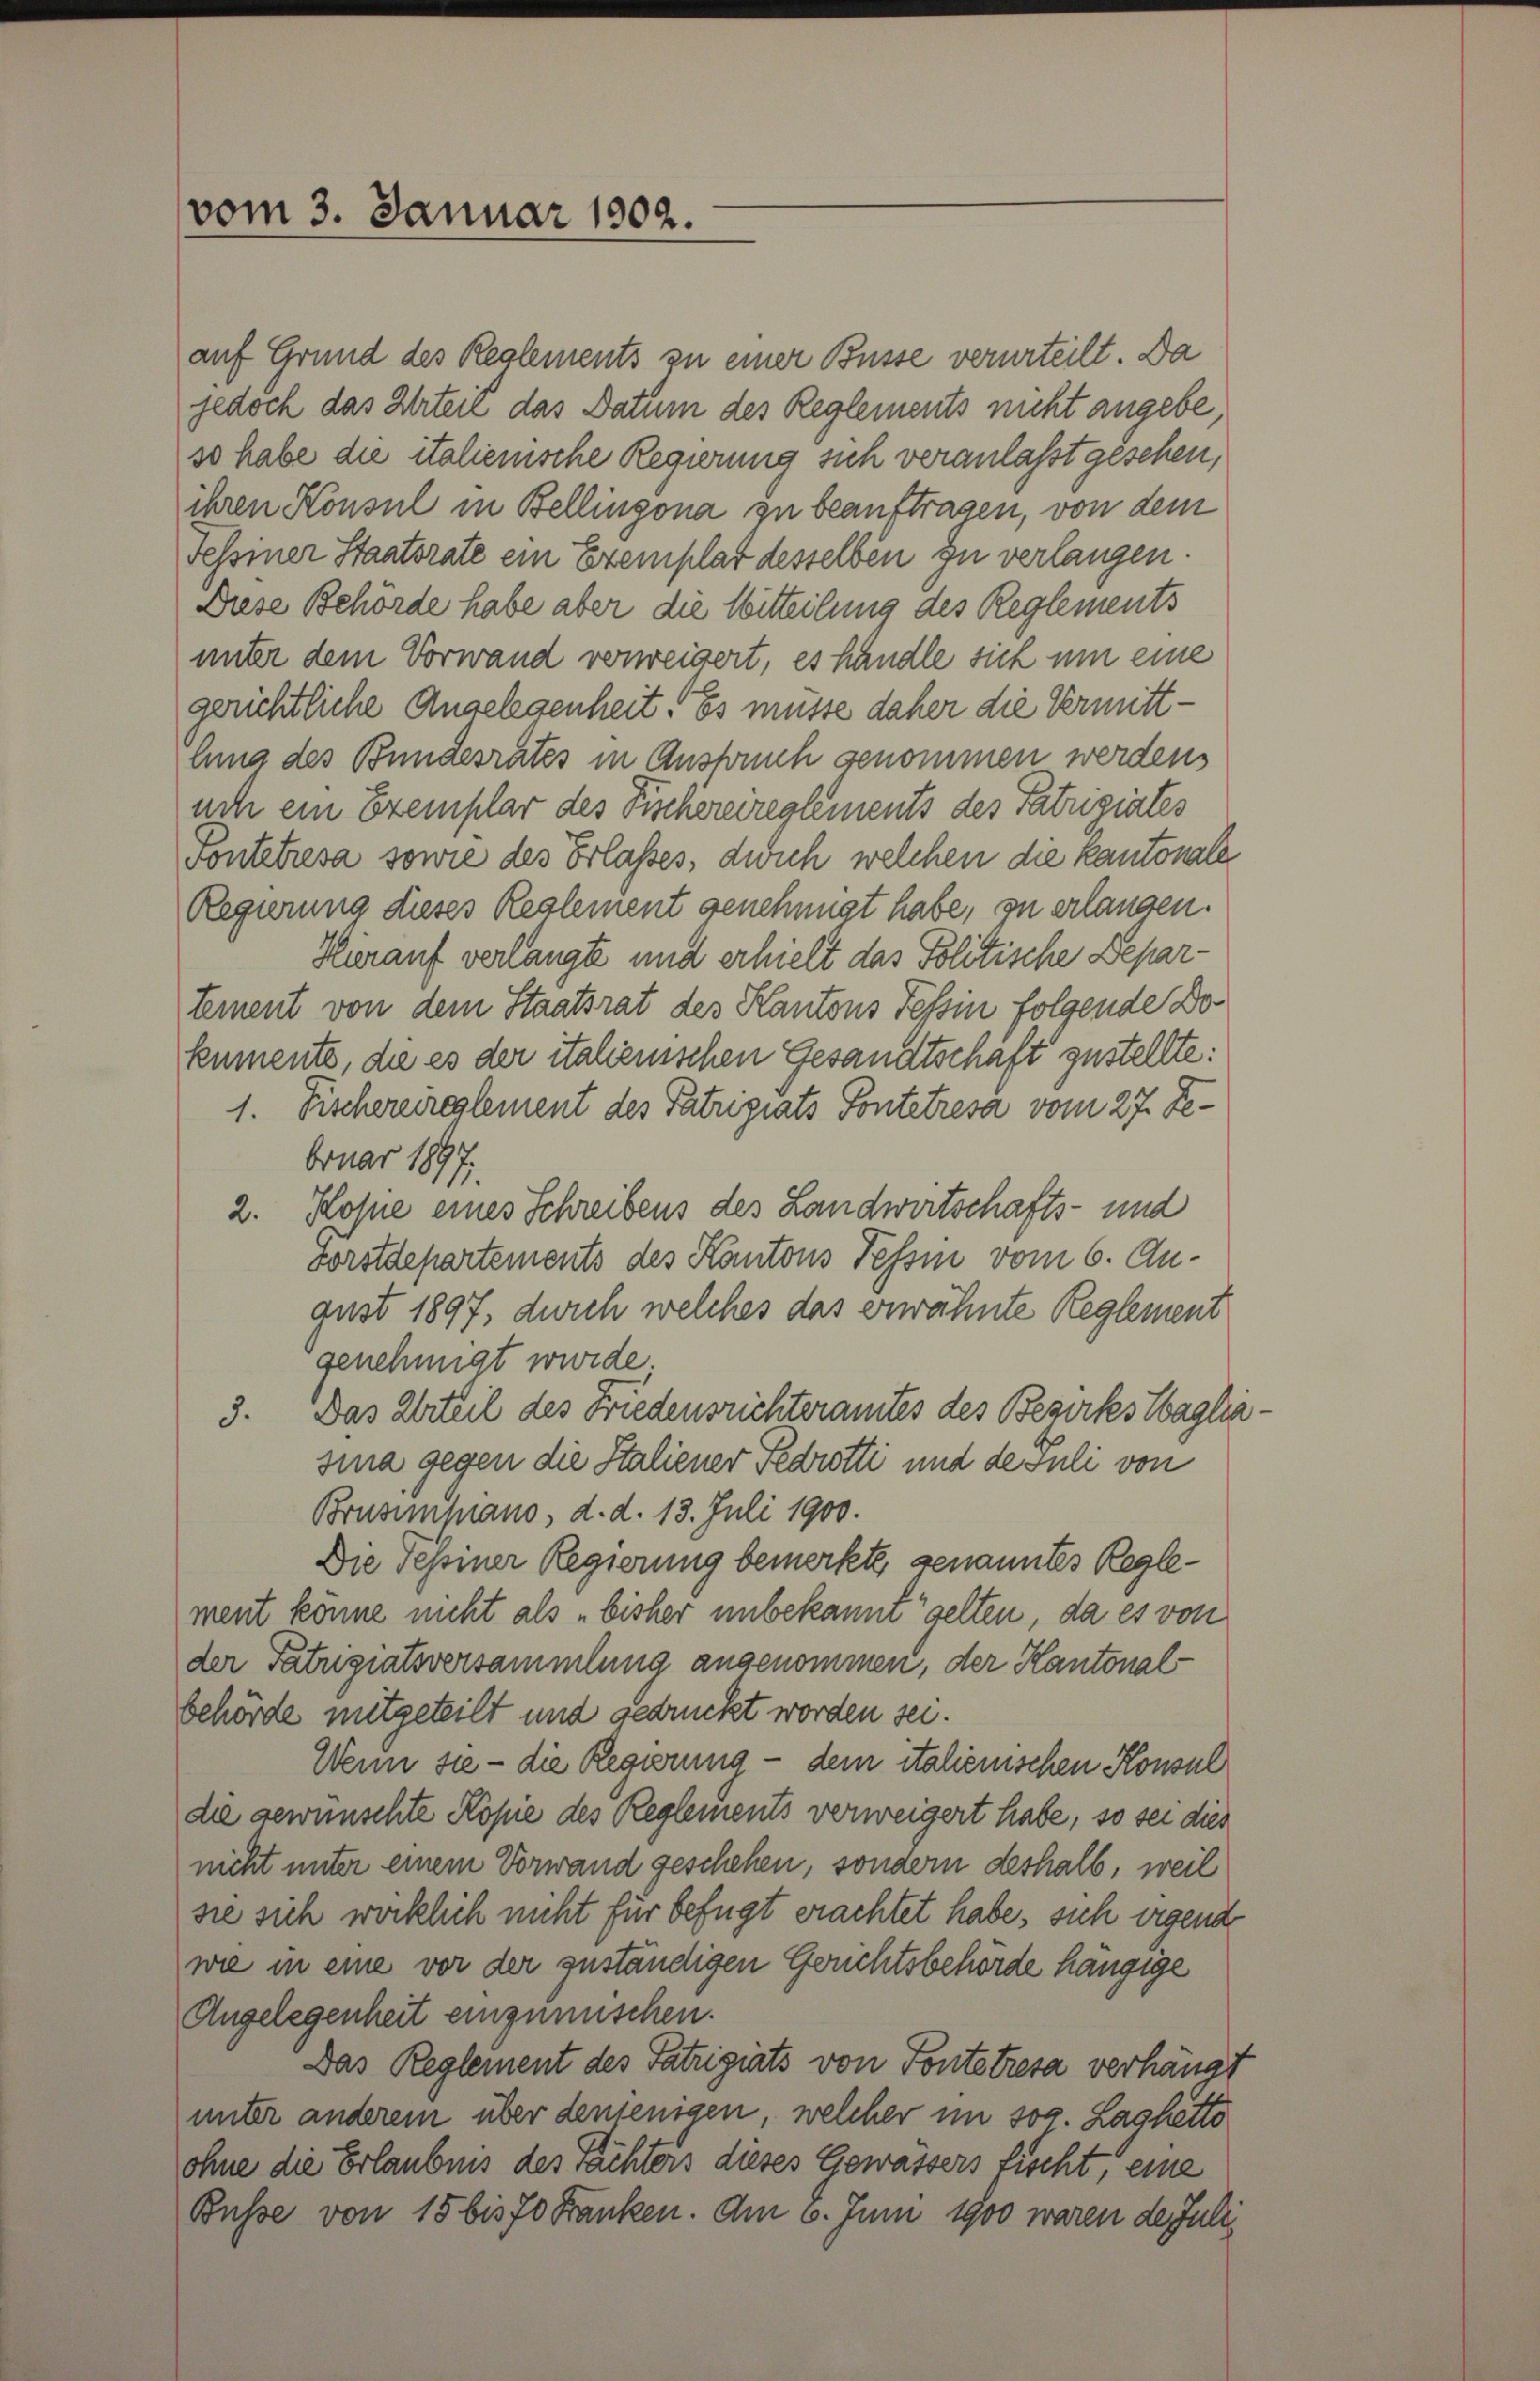
vom 3. Januar 1902.

auf Grund des Reglements zu einer Busse verurteilt. Da
jedoch das Urteil das Datum des Reglements nicht angebe
so habe die italienische Regierung sich veranlaßt gesehen,
ihren Konsul in Bellingona zu beauftragen, von dem
Fessiner Staatsrate ein Exemplar desselben zu verlangen.
Diese Behörde habe aber die Witteilung des Reglements
unter dem Vorwand verweigert, es handle sich um eine
gerichtliche Angelegenheit. Es müsse daher die Vermittlung des Bundesrates in Anspruch genommen werden,
uch ein Exemplar des Fischereireglements des Patriziates
Fonteresa sowie des Erlasses, dich welchen die kantonale
Regierung dieses Reglement genehmigt habe, zu erlangen.
Herauf verlangte und erhielt das Politische Departement von dem Staatsrat des Kantons Tessin folgende Dokumente, die es der italienischen Gesandtschaft zustellte:
1. Fischereireglement des Patrigiats Pontetresa vom 27. Debruar 1897.
2. Kose eines Schreibens des Landwirtschafts- und
vorstdepartements des Kantons Tessin vom 6. August 1897, durch welches das erwähnte Reglement
genehmigt wurde.
3. Das Urteil des Friedensrichteramtes des Bezirkes Wagliasina gegen die Italiener Fedrotti und de suli von
Brusimpiano, d. d. 13. Juli 1900.
Die Tessiner Regierung bemerkte genanntes Reglement könne nicht als „bisher unbekannt gelten, da es von
der Patugiatsversammlung angenommen, der Kantonal
behörde mitgeteilt und gedruckt worden sei.
Wenn sie - die Regierung - dem italienischen Konsul
die gewünschte Kopie des Reglements verweigert habe, so sei dies
nicht unter einem Vorwand geschehen, sondern deshalb, weil
sie sich wöcklich nicht für befugt erachtet habe, sich wegend
wie in eine vor der zuständigen Gerichtsbehörde hängige
Angelegenheit einzumischen.
Das Reglement des Patzigiats von Pontetresa verhängt
unter anderem über denjenigen, welcher im sog. Laghetto
ohne die Erlaubnis des Tächters dieses Gewässers fischt, eine
Busse von 15 bis 70 Franken. Am 6. Juni 1900 waren de Julii